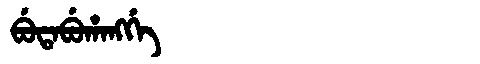
Manchu: ᠪᡠᡨᠠᠪᡠᡥᠠᠩᡤᡝ
Romanization: BUTABUHANGGE